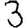
Digit: 3